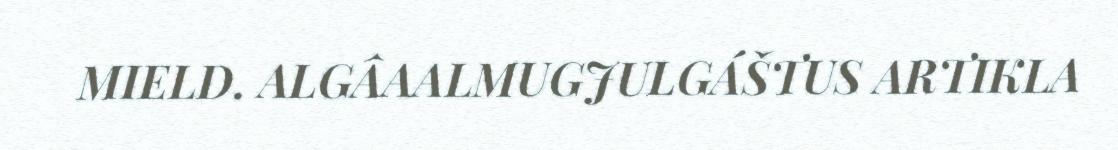
MIELD. ALGÂAALMUGJULGÁŠTUS ARTIKLA